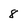
Character: 8